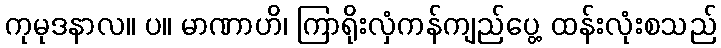
ကုမုဒနာလ။ ပ။ မာဏာဟိ၊ ကြာရိုးလှံကန်ကျည်ပွေ့ ထန်းလုံးစသည်